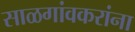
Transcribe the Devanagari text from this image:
साळगांवकरांना